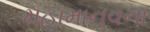
મહામાનવના